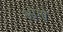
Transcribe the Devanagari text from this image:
भोगो